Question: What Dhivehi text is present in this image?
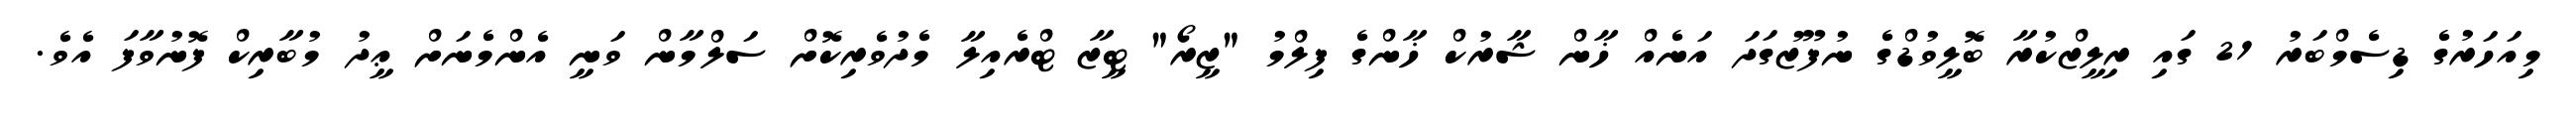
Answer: މިއަހަރުގެ ޑިސެމްބަރު 21 ގައި ރިލީޒްކުރާ ބޮލީވުޑްގެ ނުފޫޒުގަދަ އަނެއް ޚާން ޝާރުކް ޚާންގެ ފިލްމު "ޒީރޯ" ޓީޒާ ޓްރެއިލާ މެދުވެރިކޮށް ސަލްމާން ވަނީ އެންމެނަށް ޢީދު މުބާރިކް ފޮނުވާފަ އެވެ.